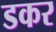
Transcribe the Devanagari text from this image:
डकर